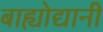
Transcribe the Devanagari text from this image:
बाह्योद्यानीं